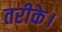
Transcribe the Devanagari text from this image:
तरीके।